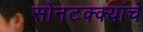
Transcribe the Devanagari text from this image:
सोनटक्क्यांचे